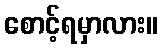
စောင့်ရမှာလား။